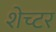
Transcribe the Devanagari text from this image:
शेच्टर